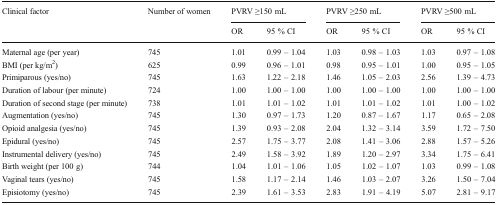
<table><thead><tr><td rowspan="2"><b>Clinical factor</b></td><td rowspan="2"><b>Number of women</b></td><td colspan="2"><b>PVRV ≥150 mL</b></td><td colspan="2"><b>PVRV ≥250 mL</b></td><td colspan="2"><b>PVRV ≥500 mL</b></td></tr><tr><td><b>OR</b></td><td><b>95 % CI</b></td><td><b>OR</b></td><td><b>95 % CI</b></td><td><b>OR</b></td><td><b>95 % CI</b></td></tr></thead><tbody><tr><td>Maternal age (per year)</td><td>745</td><td>1.01</td><td>0.99 – 1.04</td><td>1.03</td><td>0.98 – 1.03</td><td>1.03</td><td>0.97 – 1.08</td></tr><tr><td>BMI (per kg/m<sup>2</sup>)</td><td>625</td><td>0.99</td><td>0.96 – 1.01</td><td>0.98</td><td>0.95 – 1.01</td><td>1.00</td><td>0.95 – 1.05</td></tr><tr><td>Primiparous (yes/no)</td><td>745</td><td>1.63</td><td>1.22 – 2.18</td><td>1.46</td><td>1.05 – 2.03</td><td>2.56</td><td>1.39 – 4.73</td></tr><tr><td>Duration of labour (per minute)</td><td>724</td><td>1.00</td><td>1.00 – 1.00</td><td>1.00</td><td>1.00 – 1.00</td><td>1.00</td><td>1.00 – 1.00</td></tr><tr><td>Duration of second stage (per minute)</td><td>738</td><td>1.01</td><td>1.01 – 1.02</td><td>1.01</td><td>1.01 – 1.02</td><td>1.01</td><td>1.00 – 1.02</td></tr><tr><td>Augmentation (yes/no)</td><td>745</td><td>1.30</td><td>0.97 – 1.73</td><td>1.20</td><td>0.87 – 1.67</td><td>1.17</td><td>0.65 – 2.08</td></tr><tr><td>Opioid analgesia (yes/no)</td><td>745</td><td>1.39</td><td>0.93 – 2.08</td><td>2.04</td><td>1.32 – 3.14</td><td>3.59</td><td>1.72 – 7.50</td></tr><tr><td>Epidural (yes/no)</td><td>745</td><td>2.57</td><td>1.75 – 3.77</td><td>2.08</td><td>1.41 – 3.06</td><td>2.88</td><td>1.57 – 5.26</td></tr><tr><td>Instrumental delivery (yes/no)</td><td>745</td><td>2.49</td><td>1.58 – 3.92</td><td>1.89</td><td>1.20 – 2.97</td><td>3.34</td><td>1.75 – 6.41</td></tr><tr><td>Birth weight (per 100 g)</td><td>744</td><td>1.04</td><td>1.01 – 1.06</td><td>1.05</td><td>1.02 – 1.07</td><td>1.03</td><td>0.99 – 1.08</td></tr><tr><td>Vaginal tears (yes/no)</td><td>745</td><td>1.58</td><td>1.17 – 2.14</td><td>1.46</td><td>1.03 – 2.07</td><td>3.26</td><td>1.50 – 7.04</td></tr><tr><td>Episiotomy (yes/no)</td><td>745</td><td>2.39</td><td>1.61 – 3.53</td><td>2.83</td><td>1.91 – 4.19</td><td>5.07</td><td>2.81 – 9.17</td></tr></tbody></table>